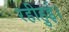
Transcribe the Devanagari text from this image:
रहीहुई।